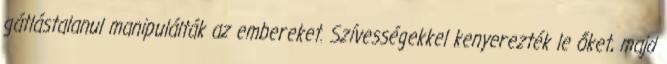
gátlástalanul manipulálták az embereket. Szívességekkel kenyerezték le őket, majd